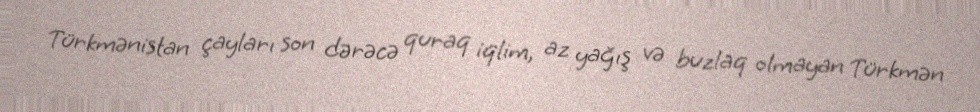
Türkmənistan çayları son dərəcə quraq iqlim, az yağış və buzlaq olmayan Türkmən